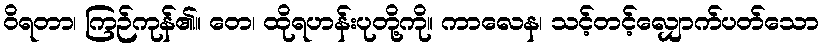
ဝိရတာ၊ ကြဉ်ကုန်၏။ တေ၊ ထိုရဟန်းပုတို့ကို။ ကာလေန၊ သင့်တင့်လျှောက်ပတ်သော